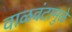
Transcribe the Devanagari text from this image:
वाळवंटामुळे